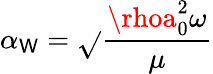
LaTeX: \alpha_{\mathsf{W}}=\sqrt{}{{\frac{{\rhoa_{0}^{2}\omega}}{{\mu}}}}